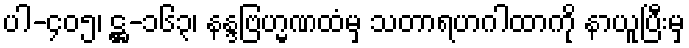
ပါ-၄၀၅၊ ဋ္ဌ-၁၆၃၊ နန္ဒဗြဟ္မဏထံမှ သတာရဟဂါထာကို နာယူပြီးမှ